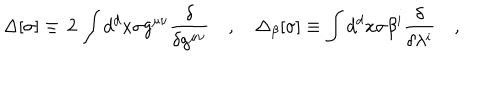
\Delta [ \sigma ] \equiv \, 2 \, \int d ^ { d } x \sigma g ^ { \mu \nu } \frac { \delta } { \delta g ^ { \mu \nu } } \quad , \quad \Delta _ { \beta } [ \sigma ] \equiv \int d ^ { d } x \sigma \beta ^ { i } \frac { \delta } { \delta \lambda ^ { i } } \quad ,